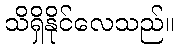
သိရှိနိုင်လေသည်။